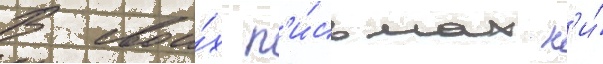
В свои́х п'и́сьмах н'и́